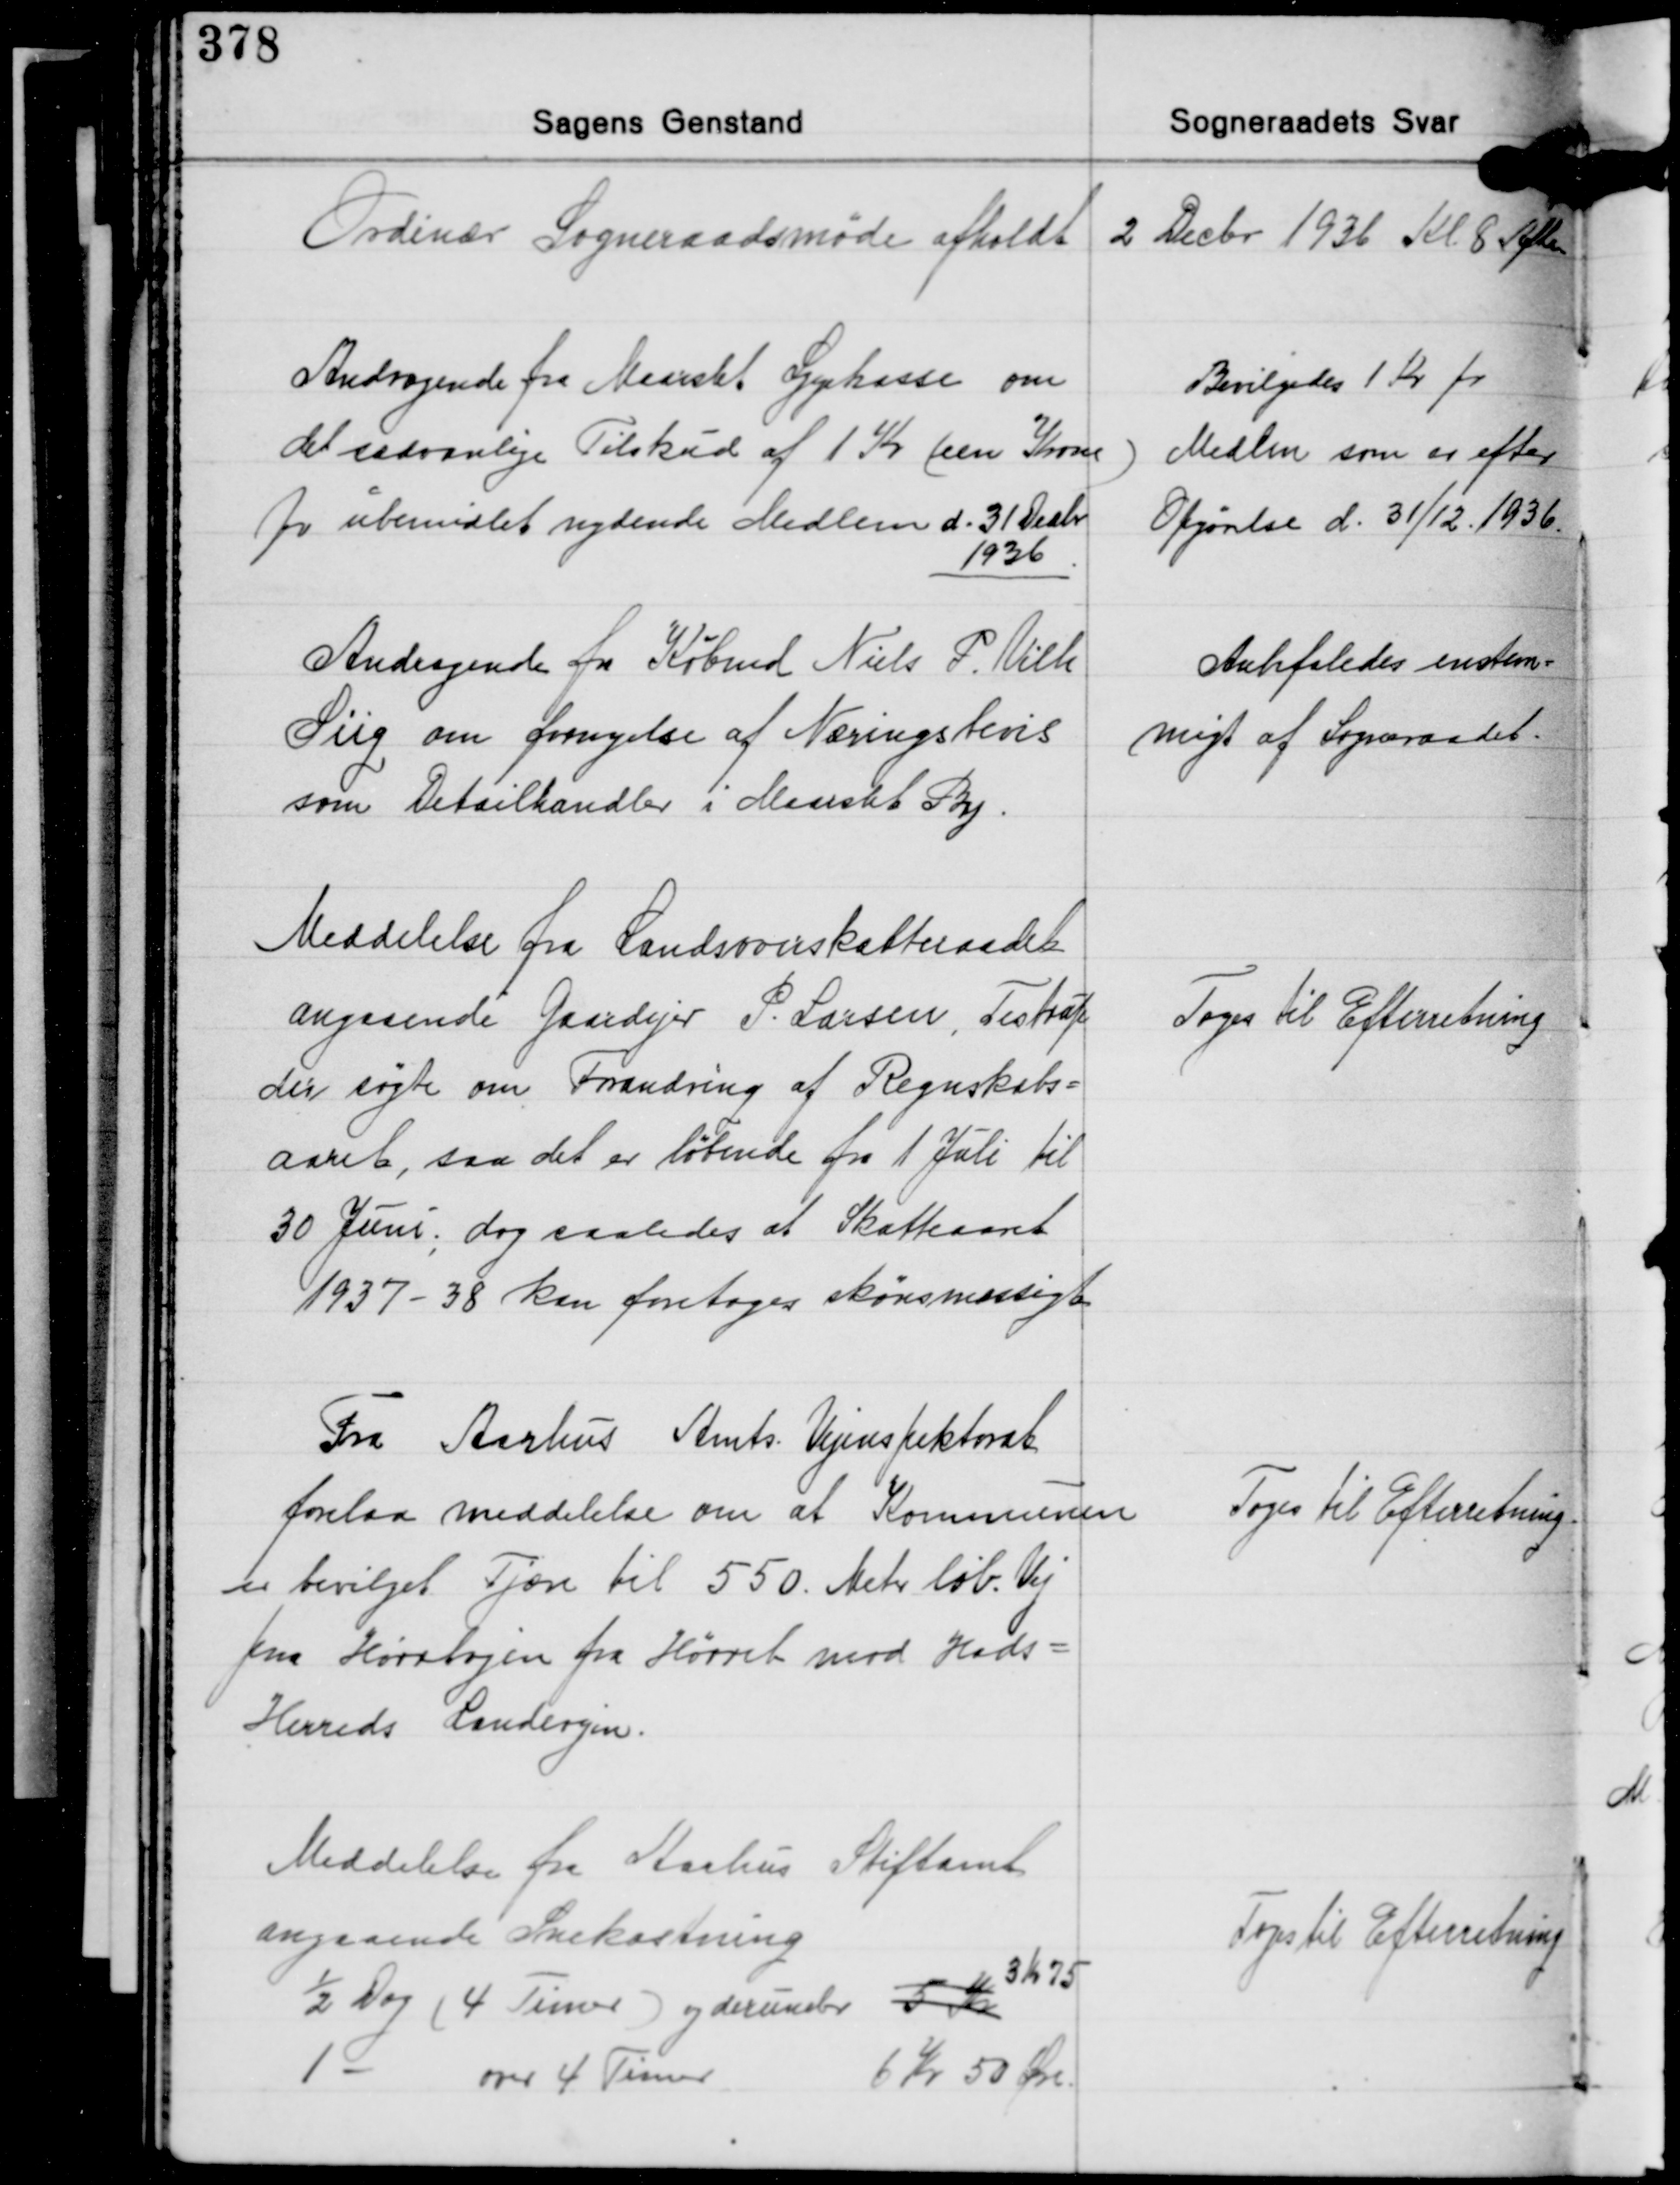
Transskription:
Ordinær Sogneraadsmøde afholdt 2 Decbr. 1936 Kl 8 Aften

Andragende fra Maarslet Sygekasse om
det sædvanlige Tilskud af 1 Kr. (een Krone)
pr. ubemidlet nydende Medlem d. 31 Decbr.
1936

Bevilgedes 1 Kr. pr.
Medlem som er efter
Opgørelse d. 31/12 1936.

Andragende fra Købmd. Niels P. Vilh.
Siig om fornyelse af Næringstevis
som Detailhandler i Maarslet By

Anbefaledes enstem-
migt af Sogeraadet.

Meddelelse fra Landsoverskatteraadet
angaaende Gaardejer P. Larsen, Testrup
der søgte om Forandring af Regnskabs-
aaret, saa det er løbende fra 1 Juli til
30 Juni, dog saaledes at Skatteaaret
1937-38 kan foretages skønsmæstigt

Toges Til Efterretning

Fra Aarhus Amts Vejinspektorat
forelaa meddelelse om at Kommunen
er bevilget Tjære til 550. Meter løb. Vej
paa Hørretvejen fra Hørret mod Hads-
Herreds Landevejen.

Toges til Efterretning

Meddelelse fra Aarhus Stiftamt
angaaende Snekastning
3 Kr. 75
½ Dag (4 Timer) og derunder 5 Kr.
1 - over 4 Timer 6 kr. 50 Øre

Toges til Efterretning